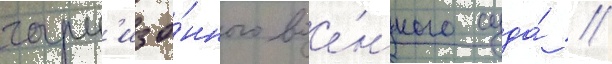
гарн'изо́нного вое́нного суда́ //